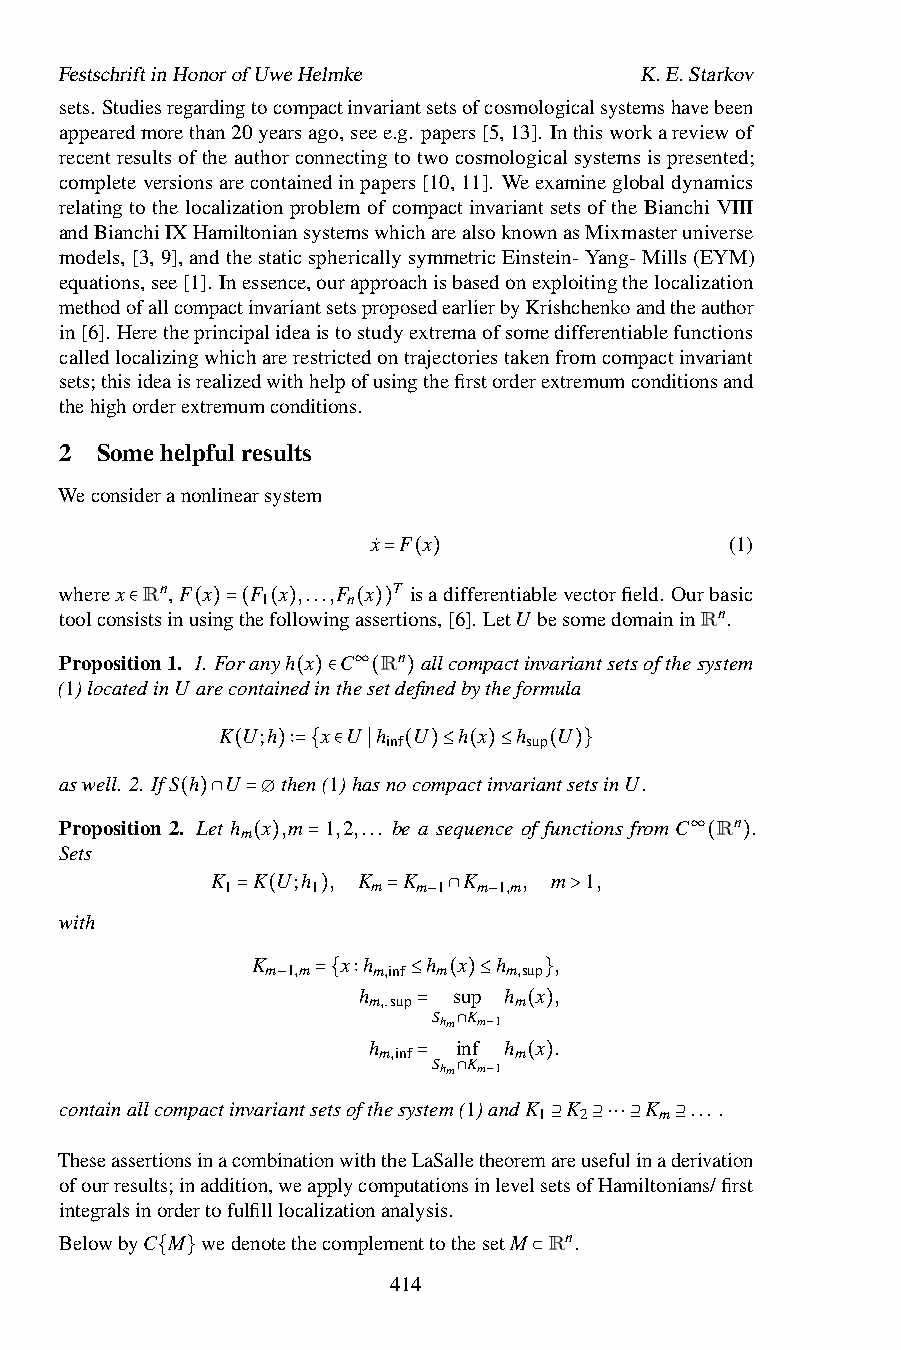
FestschriftinHonorofUweHelmke         K.E.Starkov
 sets. Studiesregardingtocompactinvariantsetsofcosmologicalsystemshavebeen
 appearedmorethan20yearsago,seee.g. papers[5,13]. Inthisworkareviewof
 recentresultsoftheauthorconnectingtotwocosmologicalsystemsispresented;
 completeversionsarecontainedinpapers[10,11]. Weexamineglobaldynamics
 relating to the localization problem of compact invariant sets of the Bianchi VIII
 andBianchiIXHamiltoniansystemswhicharealsoknownasMixmasteruniverse
 models,[3,9],andthestaticsphericallysymmetricEinstein-Yang-Mills(EYM)
 equations,see[1]. Inessence,ourapproachisbasedonexploitingthelocalization
 methodofallcompactinvariantsetsproposedearlierbyKrishchenkoandtheauthor
 in[6]. Heretheprincipalideaistostudyextremaofsomedifferentiablefunctions
 calledlocalizingwhicharerestrictedontrajectoriestakenfromcompactinvariant
 sets;thisideaisrealizedwithhelpofusingthefirstorderextremumconditionsand
 thehighorderextremumconditions.
 2 Somehelpfulresults
 Weconsideranonlinearsystem
 x˙ F x                 (1)
 wherex Rn,F x F x ,...,F x =T i(sa)differentiablevectorfield. Ourbasic
 1     n
 toolconsistsinusingthefollowingassertions,[6]. LetU besomedomaininRn.
 ∈   ( )=( ( )  ( ))
 Proposition1. 1. Foranyh x C Rn allcompactinvariantsetsofthesystem
 (1)locatedinU arecontainedinthe ∞setdefinedbytheformula
 ( )∈ ( )
 K U;h  x U h U  h x h  U
 inf      sup
 aswell. 2. IfS h U( )th∶=en{(1∈)ha∣sno(co)m≤pac(ti)n≤varian(ts)e}tsinU.
 Proposition 2.( L)e∩t h m=∅x ,m 1,2,... be a sequence of functions fromC Rn .
 Sets
 ∞
 K  K( )U;h= , K K K  , m 1,      ( )
 1     1   m  m 1 m 1,m
 with        = (  )    = − ∩ −     >
 K     x h  h x  h   ,
 m 1,m  m,inf m m,sup
 h     sup h x ,
 −  ={ ∶ m,.sup ≤ ( )≤ m }
 Shm Km−1
 h m,inf= i∩nf h m(x).
 Shm Km−1
 = ∩    ( )
 containallcompactinvariantsetsofthesystem(1)andK K K ....
 1 2     m
 TheseassertionsinacombinationwiththeLaSalletheorem⊇areus⊇e⋅f⋅u⋅l⊇inad⊇erivation
 ofourresults;inaddition,weapplycomputationsinlevelsetsofHamiltonians/first
 integralsinordertofulfilllocalizationanalysis.
 BelowbyC M wedenotethecomplementtothesetM Rn.
 { }             414      ⊂